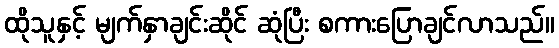
ထိုသူနှင့် မျက်နှာချင်းဆိုင် ဆုံပြီး စကားပြောချင်လာသည်။